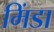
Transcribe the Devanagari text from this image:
मिंडा